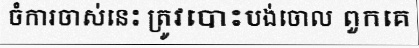
ចំការចាស់នេះ ត្រូវបោះបង់ចោល ពួកគេ